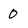
Character: 0